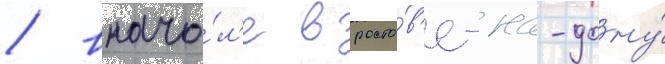
/ внача́л'е в росто́в'е-на-дону́